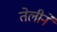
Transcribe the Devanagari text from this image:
तेलीने